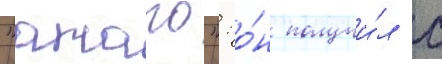
"атаго": о́н получи́л с